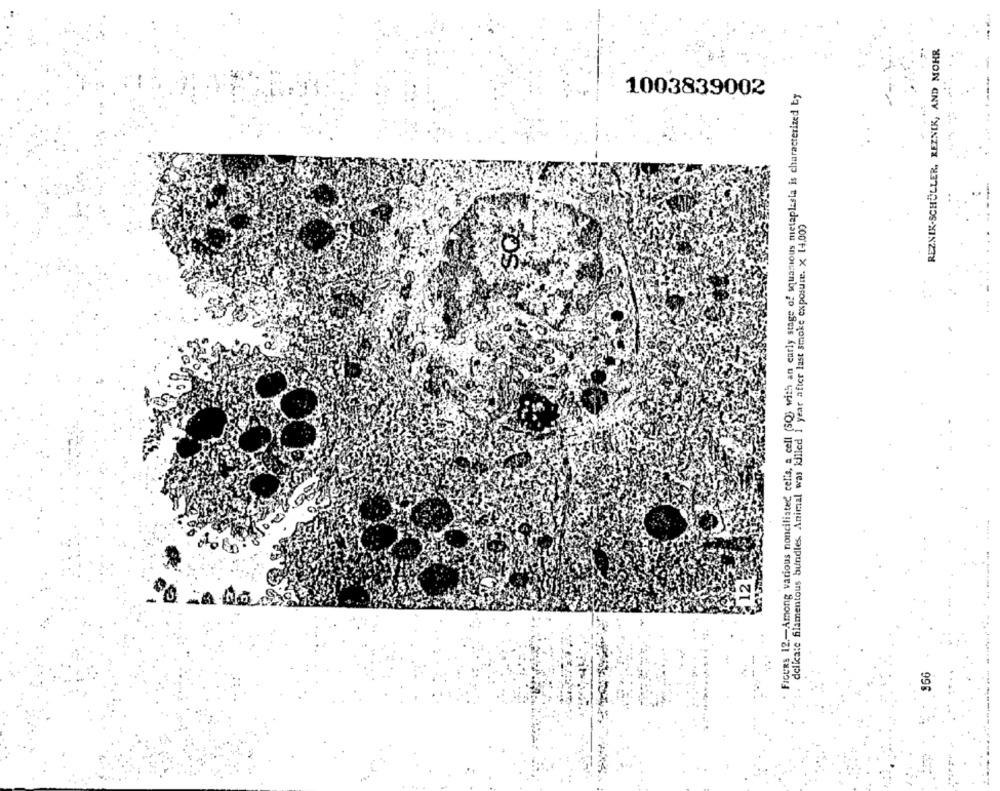
REZNIK-SCHÜLLER, REZNIK, AND MOHR
FIGURE 12 .- Among various nonciliated cells, a cell (SQ) with an early stage of squamous metaplasia is characterized by
1003839002
delicate filamentous bundles. Animal was killed 1 year after last smoke exposure. x 14,000
12
966